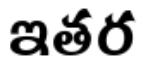
ఇతర